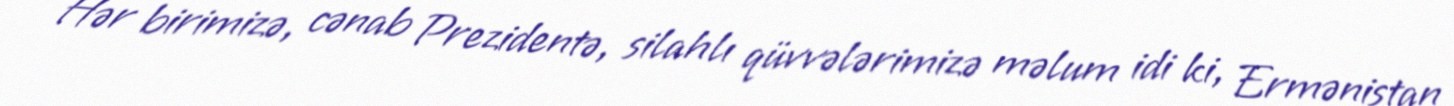
Hər birimizə, cənab Prezidentə, silahlı qüvvələrimizə məlum idi ki, Ermənistan